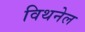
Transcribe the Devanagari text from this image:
विथनेल